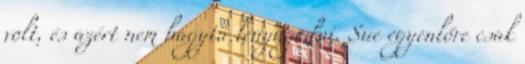
volt, és azért nem hagyta lenyugodni. Sue egyenlőre csak